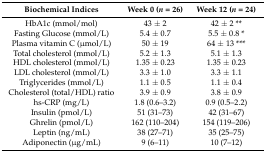
<table><thead><tr><td><b>Biochemical Indices</b></td><td><b>Week 0 (<i>n</i> = 26)</b></td><td><b>Week 12 (<i>n</i> = 24)</b></td></tr></thead><tbody><tr><td>HbA1c (mmol/mol)</td><td>43 ± 2</td><td>42 ± 2 **</td></tr><tr><td>Fasting Glucose (mmol/L)</td><td>5.4 ± 0.7</td><td>5.5 ± 0.8 *</td></tr><tr><td>Plasma vitamin C (μmol/L)</td><td>50 ± 19</td><td>64 ± 13 ***</td></tr><tr><td>Total cholesterol (mmol/L)</td><td>5.2 ± 1.3</td><td>5.1 ± 1.3</td></tr><tr><td>HDL cholesterol (mmol/L)</td><td>1.35 ± 0.23</td><td>1.35 ± 0.23</td></tr><tr><td>LDL cholesterol (mmol/L)</td><td>3.3 ± 1.0</td><td>3.3 ± 1.1</td></tr><tr><td>Triglycerides (mmol/L)</td><td>1.1 ± 0.5</td><td>1.1 ± 0.4</td></tr><tr><td>Cholesterol (total/HDL) ratio</td><td>3.9 ± 0.9</td><td>3.8 ± 0.9</td></tr><tr><td>hs-CRP (mg/L)</td><td>1.8 (0.6–3.2)</td><td>0.9 (0.5–2.2)</td></tr><tr><td>Insulin (pmol/L)</td><td>51 (31–73)</td><td>42 (31–67)</td></tr><tr><td>Ghrelin (pmol/L)</td><td>162 (110–204)</td><td>154 (119–206)</td></tr><tr><td>Leptin (ng/mL)</td><td>38 (27–71)</td><td>35 (25–75)</td></tr><tr><td>Adiponectin (μg/mL)</td><td>9 (6–11)</td><td>10 (7–12)</td></tr></tbody></table>